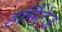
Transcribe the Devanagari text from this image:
हर्मिटेज़